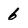
Character: 6